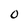
Character: 0